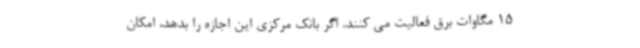
15 مگاوات برق فعالیت می کنند. اگر بانک مرکزی این اجازه را بدهد، امکان